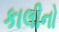
કાલીનો